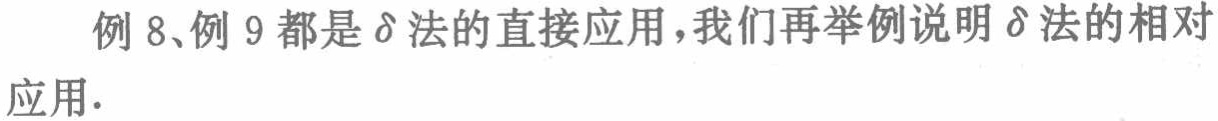
例 8、例 9 都是 \(\delta\) 法的直接应用，我们再举例说明 \(\delta\) 法的相对应用.